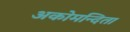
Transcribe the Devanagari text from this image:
अकोमन्दिता